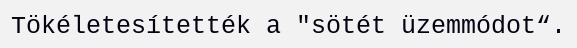
Tökéletesítették a "sötét üzemmódot“.